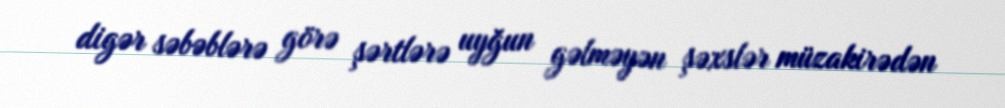
digər səbəblərə görə şərtlərə uyğun gəlməyən şəxslər müzakirədən